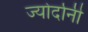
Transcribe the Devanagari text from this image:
ज्योर्दानी